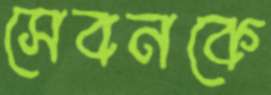
সেবনকে